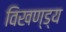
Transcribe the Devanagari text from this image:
विखण्ड्य